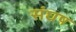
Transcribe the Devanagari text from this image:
संघष